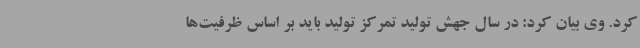
کرد. وی بیان کرد: در سال جهش تولید تمرکز تولید باید بر اساس ظرفیت‌ها